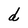
Character: d